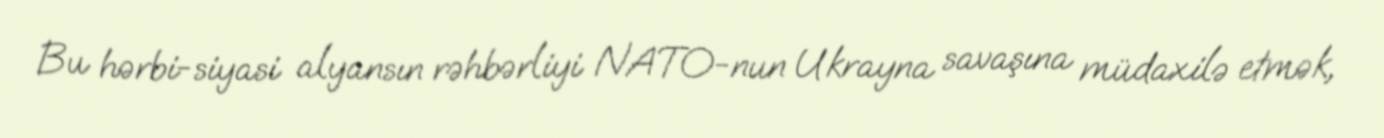
Bu hərbi-siyasi alyansın rəhbərliyi NATO-nun Ukrayna savaşına müdaxilə etmək,